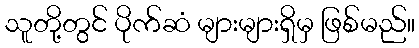
သူတို့တွင် ပိုက်ဆံ များများရှိမှ ဖြစ်မည်။